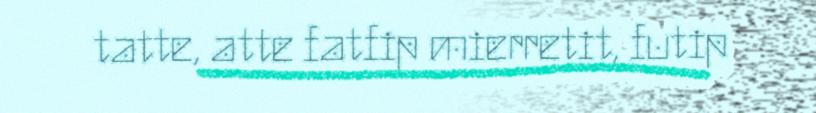
tatte, atte fatfip mierretit, futip